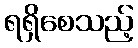
ရရှိစေသည့်